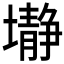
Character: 𱘕